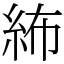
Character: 𥿠